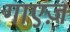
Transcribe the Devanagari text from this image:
गाएज़